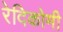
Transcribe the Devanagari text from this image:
रेदिकोमी